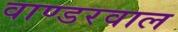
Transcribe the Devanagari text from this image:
वाण्डरवाल